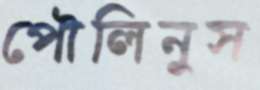
পৌলিনুস